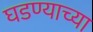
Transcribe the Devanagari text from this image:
घडण्याच्या